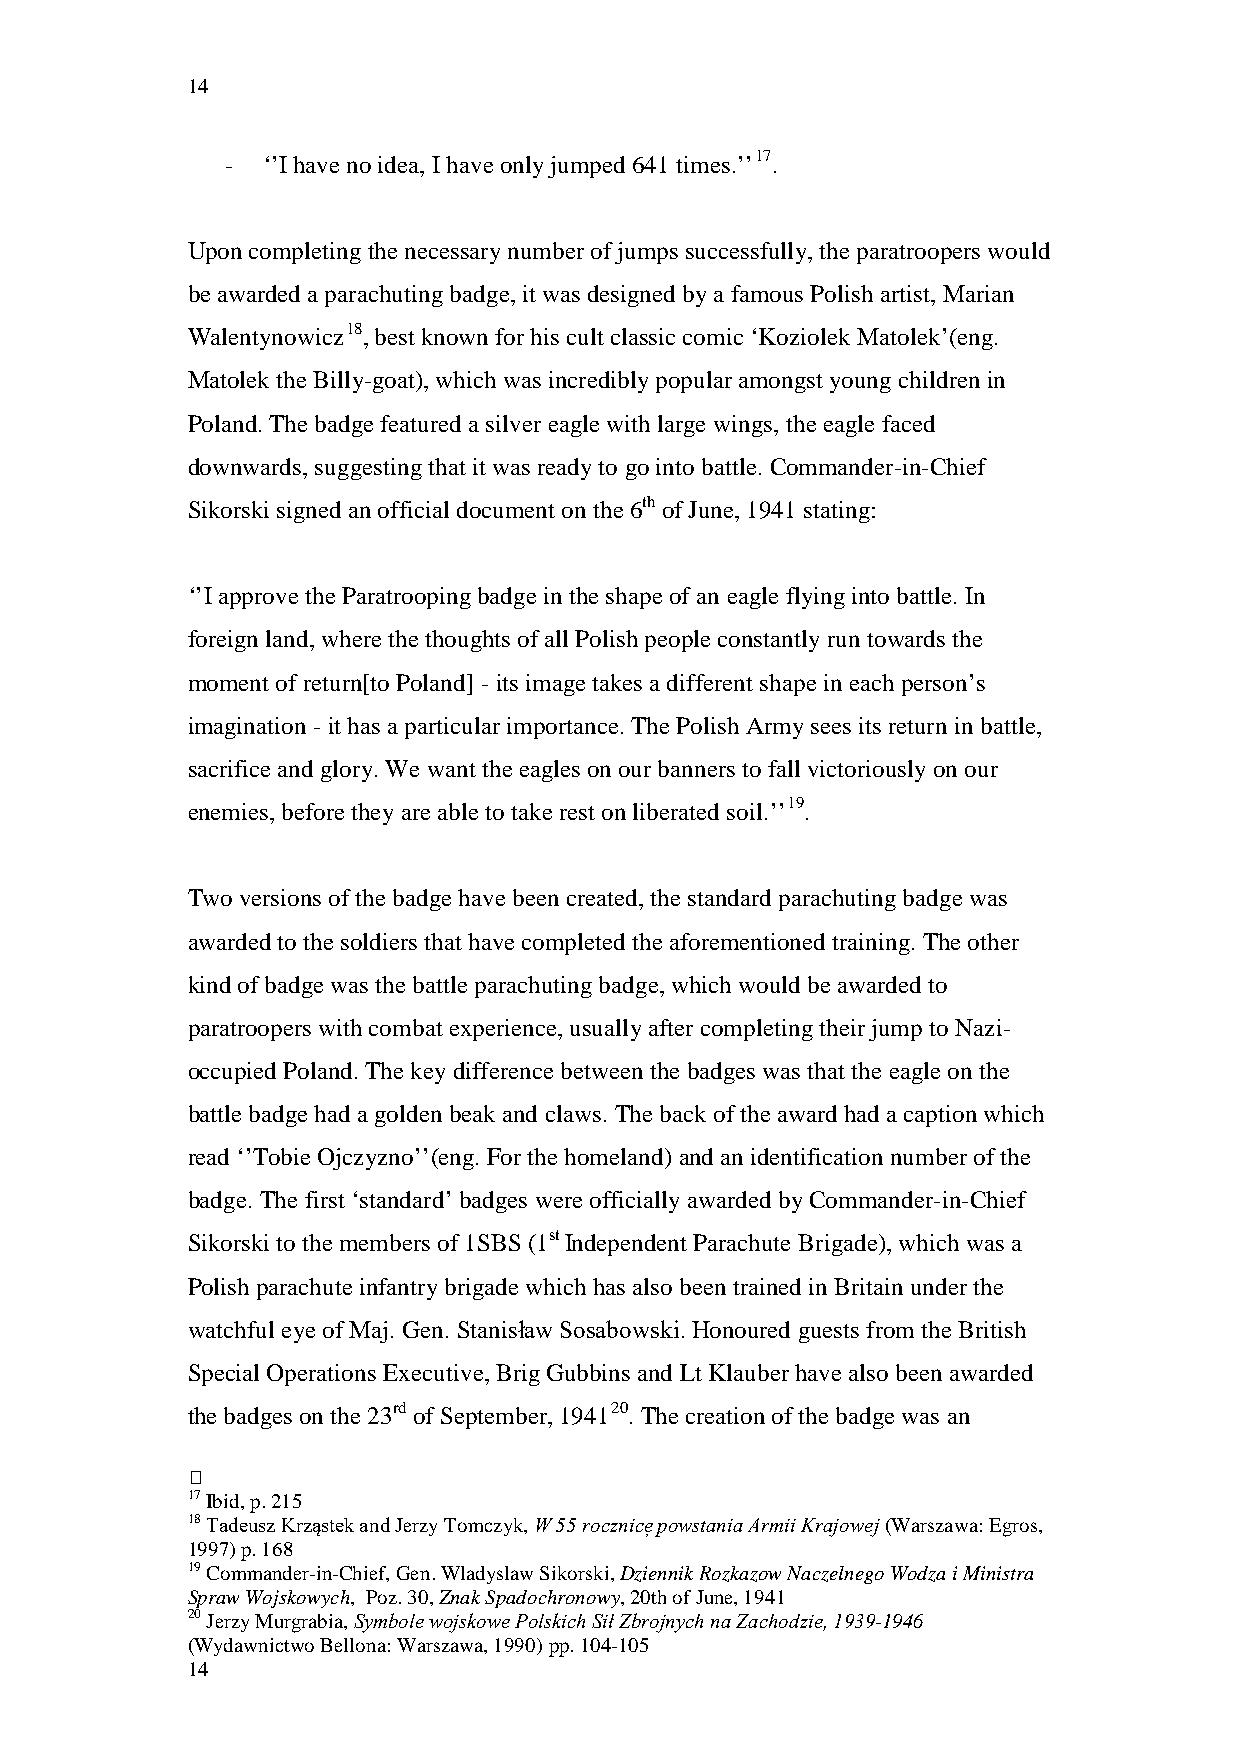
14
 - ‘’I have no idea, I have only jumped 641 times.’’17.
 Upon completing the necessary number of jumps successfully, the paratroopers would
 be awarded a parachuting badge, it was designed by a famous Polish artist, Marian
 Walentynowicz18, best known for his cult classic comic ‘Koziolek Matolek’(eng.
 Matolek the Billy-goat), which was incredibly popular amongst young children in
 Poland. The badge featured a silver eagle with large wings, the eagle faced
 downwards, suggesting that it was ready to go into battle. Commander-in-Chief
 Sikorski signed an official document on the 6th of June, 1941 stating:
 ‘’I approve the Paratrooping badge in the shape of an eagle flying into battle. In
 foreign land, where the thoughts of all Polish people constantly run towards the
 moment of return[to Poland] - its image takes a different shape in each person’s
 imagination - it has a particular importance. The Polish Army sees its return in battle,
 sacrifice and glory. We want the eagles on our banners to fall victoriously on our
 enemies, before they are able to take rest on liberated soil.’’19.
 Two versions of the badge have been created, the standard parachuting badge was
 awarded to the soldiers that have completed the aforementioned training. The other
 kind of badge was the battle parachuting badge, which would be awarded to
 paratroopers with combat experience, usually after completing their jump to Nazi-
 occupied Poland. The key difference between the badges was that the eagle on the
 battle badge had a golden beak and claws. The back of the award had a caption which
 read ‘’Tobie Ojczyzno’’(eng. For the homeland) and an identification number of the
 badge. The first ‘standard’ badges were officially awarded by Commander-in-Chief
 Sikorski to the members of 1SBS (1st Independent Parachute Brigade), which was a
 Polish parachute infantry brigade which has also been trained in Britain under the
 watchful eye of Maj. Gen. Stanisław Sosabowski. Honoured guests from the British
 Special Operations Executive, Brig Gubbins and Lt Klauber have also been awarded
 the badges on the 23rd of September, 194120. The creation of the badge was an
 
 17 Ibid, p. 215
 18 Tadeusz Krząstek and Jerzy Tomczyk, W 55 rocznice̦ powstania Armii Krajowej (Warszawa: Egros,
 1997) p. 168
 19 Commander-in-Chief, Gen. Wladyslaw Sikorski, Dziennik Rozkazow Naczelnego Wodza i Ministra
 Spraw Wojskowych, Poz. 30, Znak Spadochronowy, 20th of June, 1941
 20 Jerzy Murgrabia, Symbole wojskowe Polskich Sił Zbrojnych na Zachodzie, 1939-1946
 (Wydawnictwo Bellona: Warszawa, 1990) pp. 104-105
 14